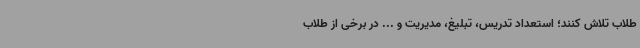
طلاب تلاش کنند؛ استعداد تدریس، تبلیغ، مدیریت و ... در برخی از طلاب